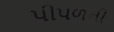
પીપળની